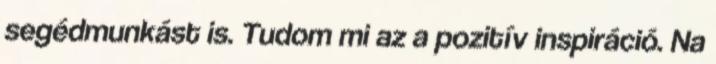
segédmunkást is. Tudom mi az a pozitív inspiráció. Na